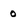
Character: 0